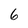
Character: 6